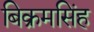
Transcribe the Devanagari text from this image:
बिक्रमसिंह